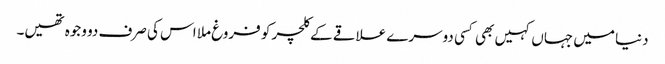
دنیا میں جہاں کہیں بھی کسی دوسرے علاقے کے کلچر کو فروغ ملا اس کی صرف دو وجوہ تھیں۔